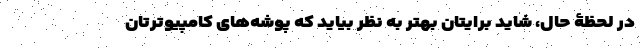
در لحظۀ حال، شاید برایتان بهتر به نظر بیاید که پوشه‌های کامپیوترتان